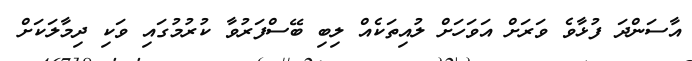
އާސަންދަ ފުޅާވެ ވަރަށް އަވަހަށް ލުއިތަކެއް ލިބި ބޭސްފަރުވާ ކުރުމުގައި ވަކި ދިމާލަކަށް